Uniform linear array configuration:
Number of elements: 8
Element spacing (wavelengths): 0.75
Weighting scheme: binomial
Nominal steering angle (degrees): -30
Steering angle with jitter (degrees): -30.108
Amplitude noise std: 0.05
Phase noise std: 0.05

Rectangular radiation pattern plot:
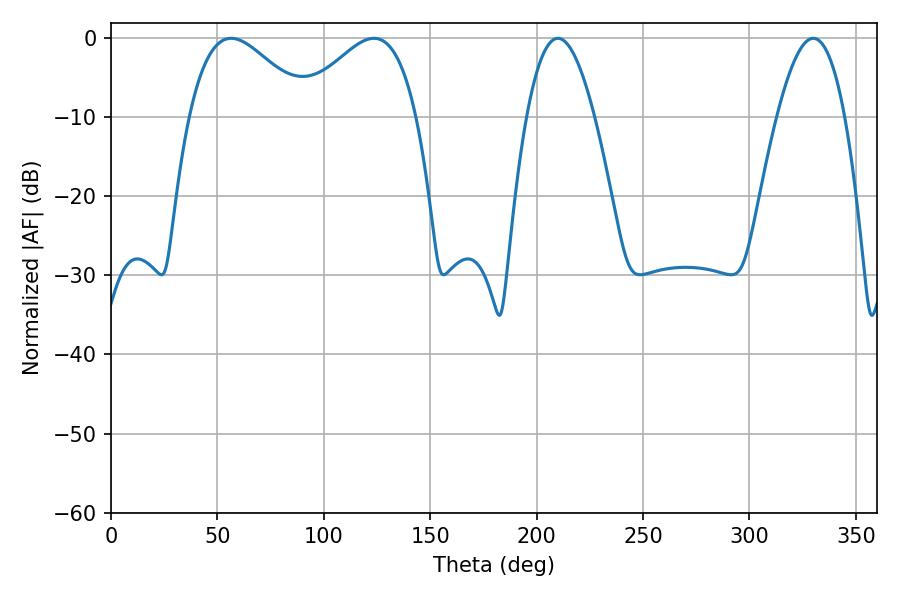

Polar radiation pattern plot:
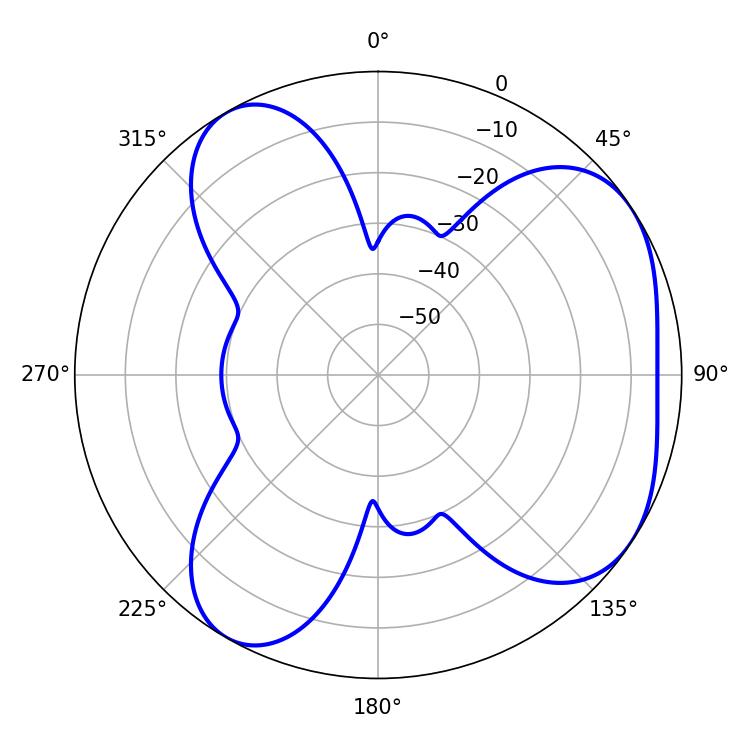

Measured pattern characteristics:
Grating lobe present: TRUE
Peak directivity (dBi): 4.961
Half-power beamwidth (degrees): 30.24
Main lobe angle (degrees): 56.52